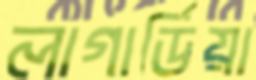
লাগার্ডিয়া